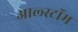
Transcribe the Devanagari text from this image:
आल्स्टॉम